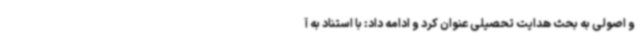
و اصولی به بحث هدایت تحصیلی عنوان کرد و ادامه داد: با استناد به آ